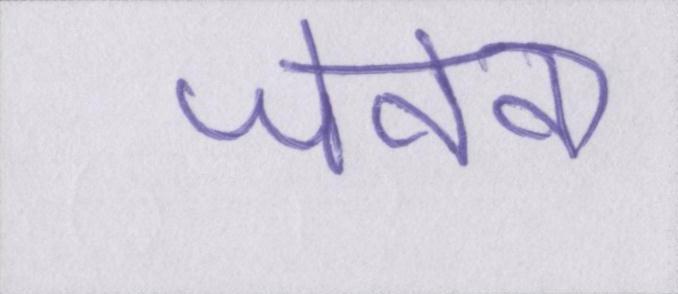
जेनेवा